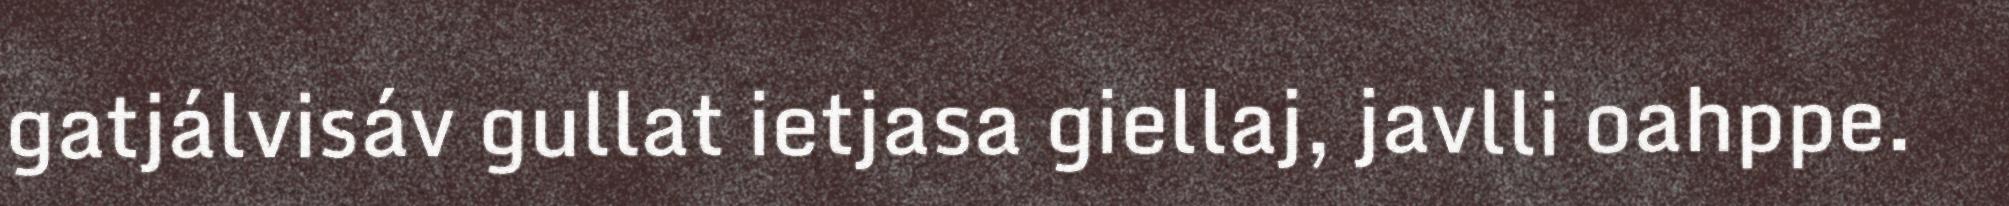
gatjálvisáv gullat ietjasa giellaj, javlli oahppe.